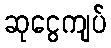
ဆုငွေကျပ်